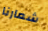
شعارنا